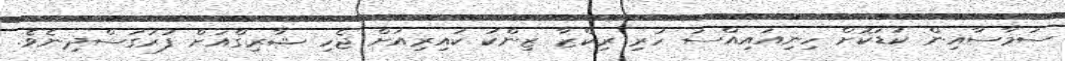
ސަމާސާއިން ކުޑަކޮށް ހިނިއައިއްސަ ހުރި ރިކްޒާ ޒިންކު ކައިރިއަށް ޖެހި ޝާރިގްއަށް ފުރަގަސްދިނެވެ.